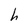
Character: h